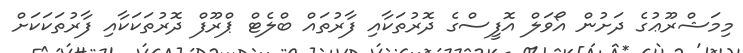
މިމަޝްރޫޢުގެ ދަށުން އޯވަލް އޮފީސްގެ ދޮރުތަކާއި ފާރުތައް ބްލެޓް ޕްރޫފް ދޮރުތަކަކާއި ފާރުތަކަކަށް